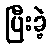
ပြီးခဲ့